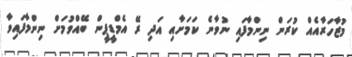
މުޒާހަރާއެއް ކުރަން ނިންމާފައި ނުވާނެ ކަމަށާއި އަދި ރޭ އެމްޑީޕީން ބޭއްވުމަށް ނިންމާފައިވާ